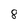
Character: 8